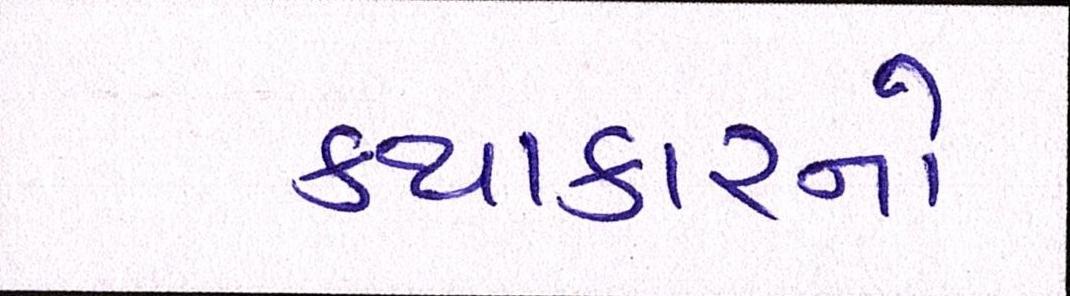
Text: કથાકારનો